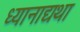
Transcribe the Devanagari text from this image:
ध्यानाद्यथा